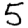
Digit: 5